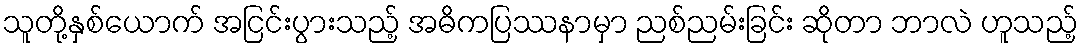
သူတို့နှစ်ယောက် အငြင်းပွားသည့် အဓိကပြဿနာမှာ ညစ်ညမ်းခြင်း ဆိုတာ ဘာလဲ ဟူသည့်